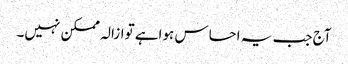
آج جب یہ احساس ہواہے توازالہ ممکن نہیں۔